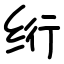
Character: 绗